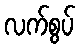
လက်စွပ်